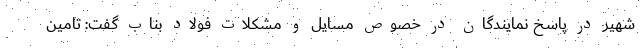
شهیر در پاسخ نمايندگان در خصوص مسایل و مشكلات فولاد بناب گفت: تامين